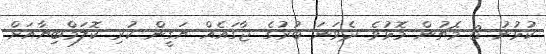
ކުޅުނު 3 މެޗުން މޮޅުވެ ދެވަނަ ބުރުގެ ޖާގައެއް ޔަގީން ކުރި ކޮލަމްބިޔާއަށް